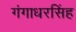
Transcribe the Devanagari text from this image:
गंगाधरसिंह